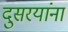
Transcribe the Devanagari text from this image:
दुसरयांना